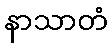
နာသာတံ